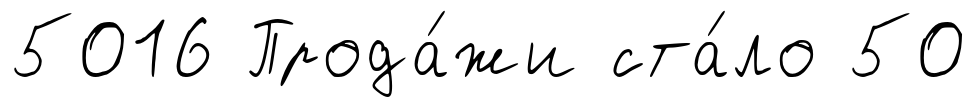
5016 Прода́жи ста́ло 50